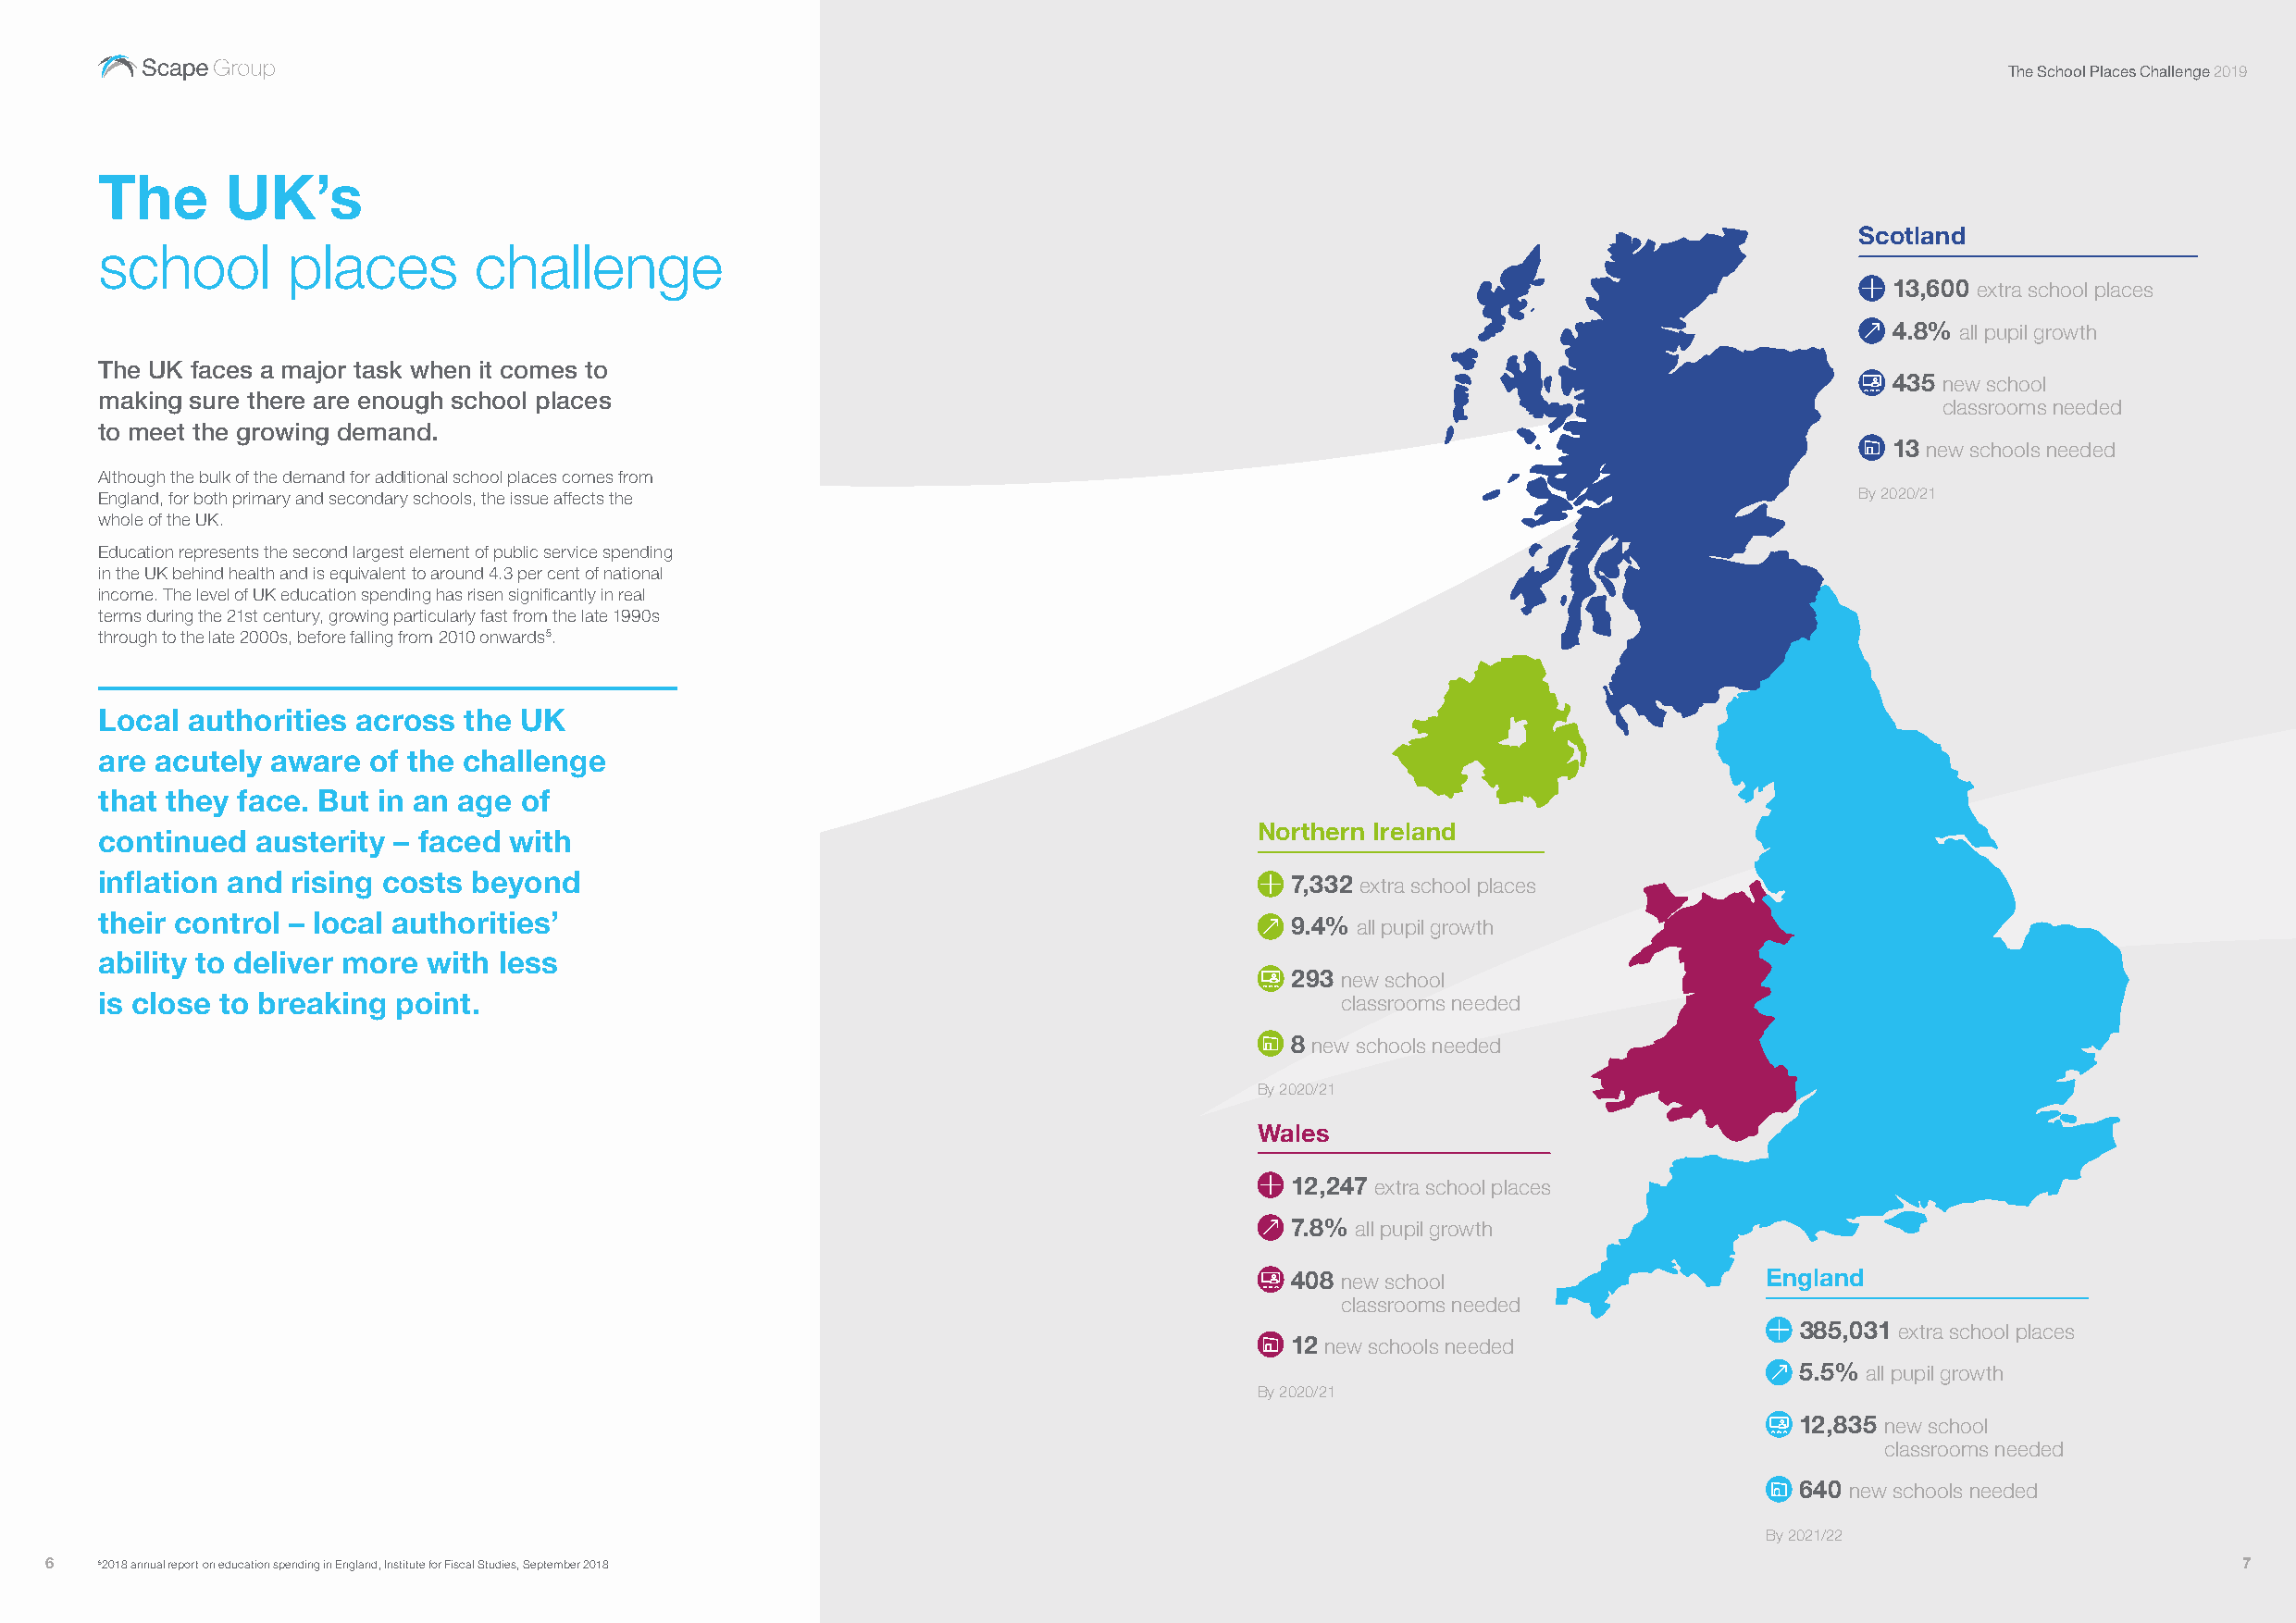
The School Places Challenge 2019
 The      UK’s
 Scotland
 school        places       challenge
 13,600 extra school places
 4.8% all pupil growth
 The UK faces a major task when it comes to
 435 new school
 making sure there are enough school places
 classrooms needed
 to meet the growing demand.
 13 new schools needed
 Although the bulk of the demand for additional school places comes from
 England, for both primary and secondary schools, the issue affects the                                                        By 2020/21
 whole of the UK.
 Education represents the second largest element of public service spending
 in the UK behind health and is equivalent to around 4.3 per cent of national
 income. The level of UK education spending has risen significantly in real
 terms during the 21st century, growing particularly fast from the late 1990s
 through to the late 2000s, before falling from 2010 onwards5.
 Local authorities across  the UK
 are acutely aware  of the challenge
 that they face. But in an age of
 Northern Ireland
 continued  austerity – faced with
 inflation and rising costs beyond                                                    7,332 extra school places
 their control – local authorities’
 9.4% all pupil growth
 t
 ability to deliver more with less
 293 n ew school
 is close to breaking point.                                                              classrooms needed
 8 new schools needed
 By 2020/21
 Wales
 12,247 extra school places
 7.8% all pupil growth
 408 n ew school                   England
 classrooms needed
 385,031 extra school places
 12 new schools needed
 5.5% all pupil growth
 By 2020/21
 12,835 new school
 classrooms needed
 640 new schools needed
 By 2021/22
 6   52018 annual report on education spending in England, Institute for Fiscal Studies, September 2018                                                       7